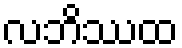
လဘိဿထ